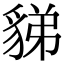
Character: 𧳋